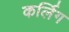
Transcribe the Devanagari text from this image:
कर्लिग